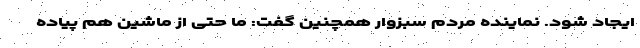
ایجاد شود. نماینده مردم سبزوار همچنین گفت: ما حتی از ماشین هم پیاده